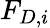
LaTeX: F_{D,i}